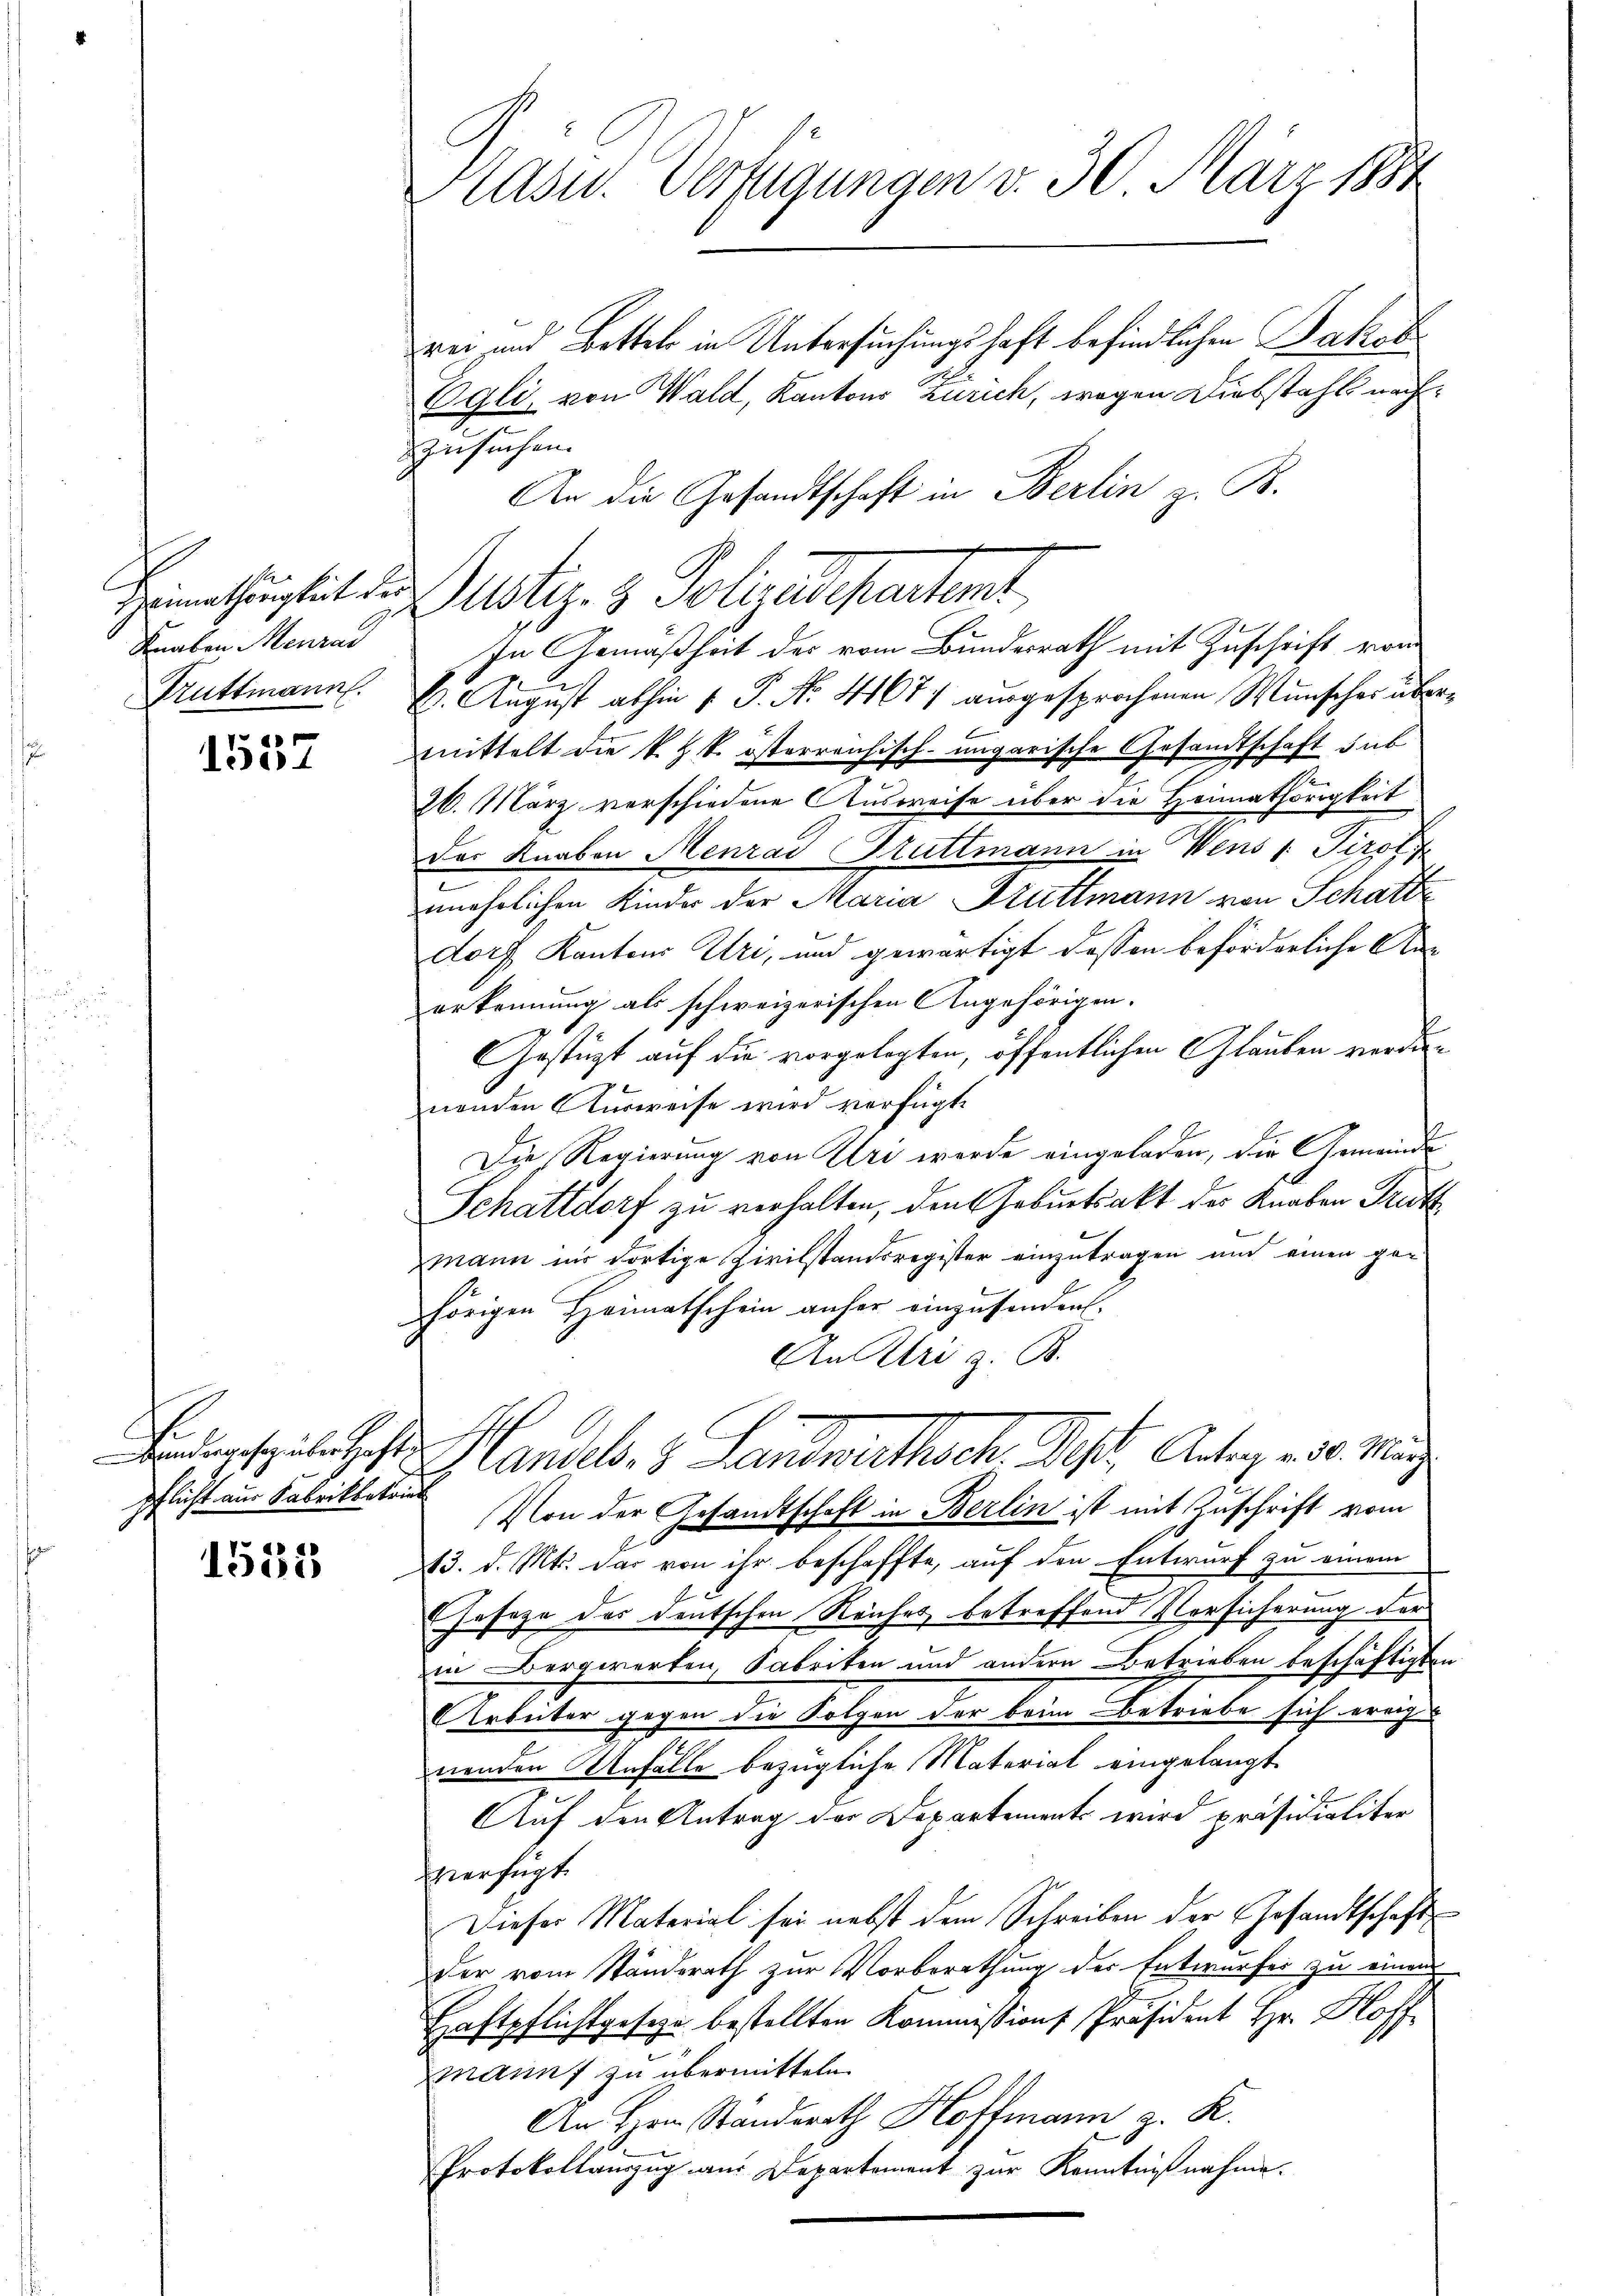
Knaben Menrad
Kuttmann.

1537

Findesgespieler Haft
pflicht aus Fabrikbetrieb

1525

rei und Bettels in Untersuchungshaft befindlichen Jakob
Egli, von Wald, Kantons Zürich, wegen Diebstahls nachzusuchen. |
An die Gesandtschaft in Berlin z. B.

Kasu. Verfügungen d. 30. März 1884

E. August abhin 1 P. No. 41671 ausgesprochenen Wunscher übermittelt die k. k. österreichisch-ungarische Gesandtschaft dab
26. März verschiedene Ausweise über die Heimathörigkeit
Das Knaben Menrad Stattmann in Vens v. Tirol
unehrlichen Kinder der Maria Bruttmann von Schatte
dorf Kantons Uri, und gewärtigt dassen beförderliche Anerkennung als schweizerischen Angehörigen.
Gestützt auf die vorgelegten, öffentlichen Glauben verdan
nenden Ausweise wird verfügte
Die Regierung von Uri wurde eingeladen, die Gemeinde
Schattdorf zu verhalten, den Geburtsakt der Knaben Trutz
mann in dortige Zivilstandsregister einzutragen und einen gen
hörigen Heimatschein anfer einzusenden.
An Uri z. B.
Handels- & Landwirthsch. Ist Arteg u. s. weg
Von der Gesandtschaft in Berlin ist mit Zuschrift vom
13. d. Mts. das von ihr beschaffte, auf den Entwurf zu einem
Ehesage des deutschen Reiches betreffend Vorsicherung der
in Bergwerken, Fabriken und andern Betrieben beschäftigten
Arbeiter gegen die Folgen der beim Betriebe sich weigens
nenden Anfalle bezügliche Material eingelangt
Auf den Antrag der Departements wird präsidialiter
verfügt
Dieser Material sei nebst dem Schreiben der Gesandtschaft
der vom Standsrath zur Vorberathung der Entwurfes zu einem
Haftpflichtgeseze bestellten Kommissions Präsident Hr. Hoff
manns zu übermitteln.
An Hrn. Standerath Hoffmann z. R.
Protokollauszug aus Departement zur Kenntnißnahme.

Heimathrigkeit der Justiz- & Polizeidepartent

In Gemäßheit des vom Bundesrath mit Zuschrift vom